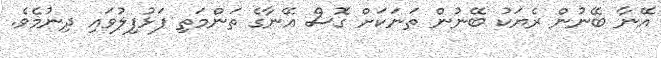
އޭނާ ބޭނުން ރެޔަކު ބޭނުން ތަނަކަށް ގޮސް އޭނާގެ ތަންމަތި ފަޅުފިލުވައި ދިނުމެވެ.